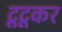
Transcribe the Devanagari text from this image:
टूटूकर